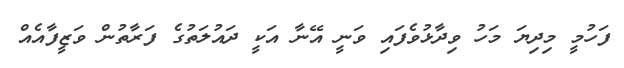
ފަހުމީ މިދިޔަ މަހު ވިދާޅުވެފައި ވަނީ އޭނާ އަކީ ދައުލަތުގެ ފަރާތުން ވަޒީފާއެއް